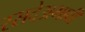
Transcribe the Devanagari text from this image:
रसदेअभावी